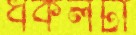
ধকলটা